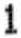
1